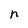
Character: n